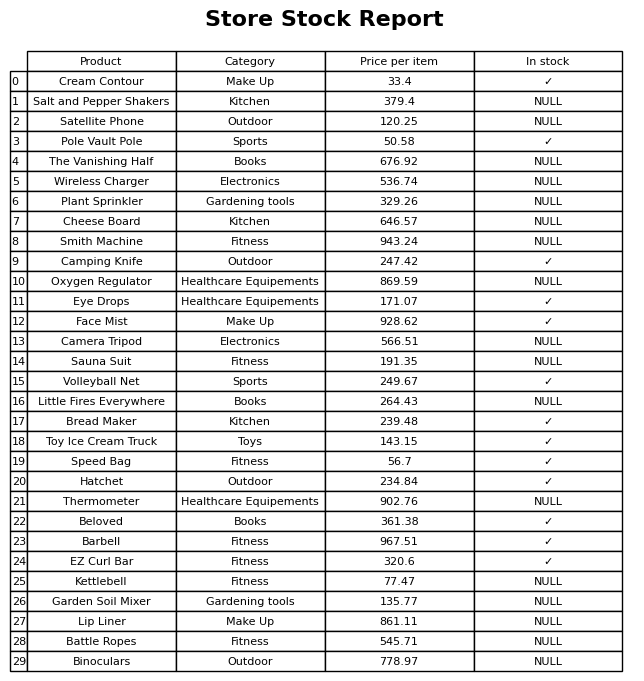
question: What is the price for Barbell?
answer: The price of Barbell is 967.51.